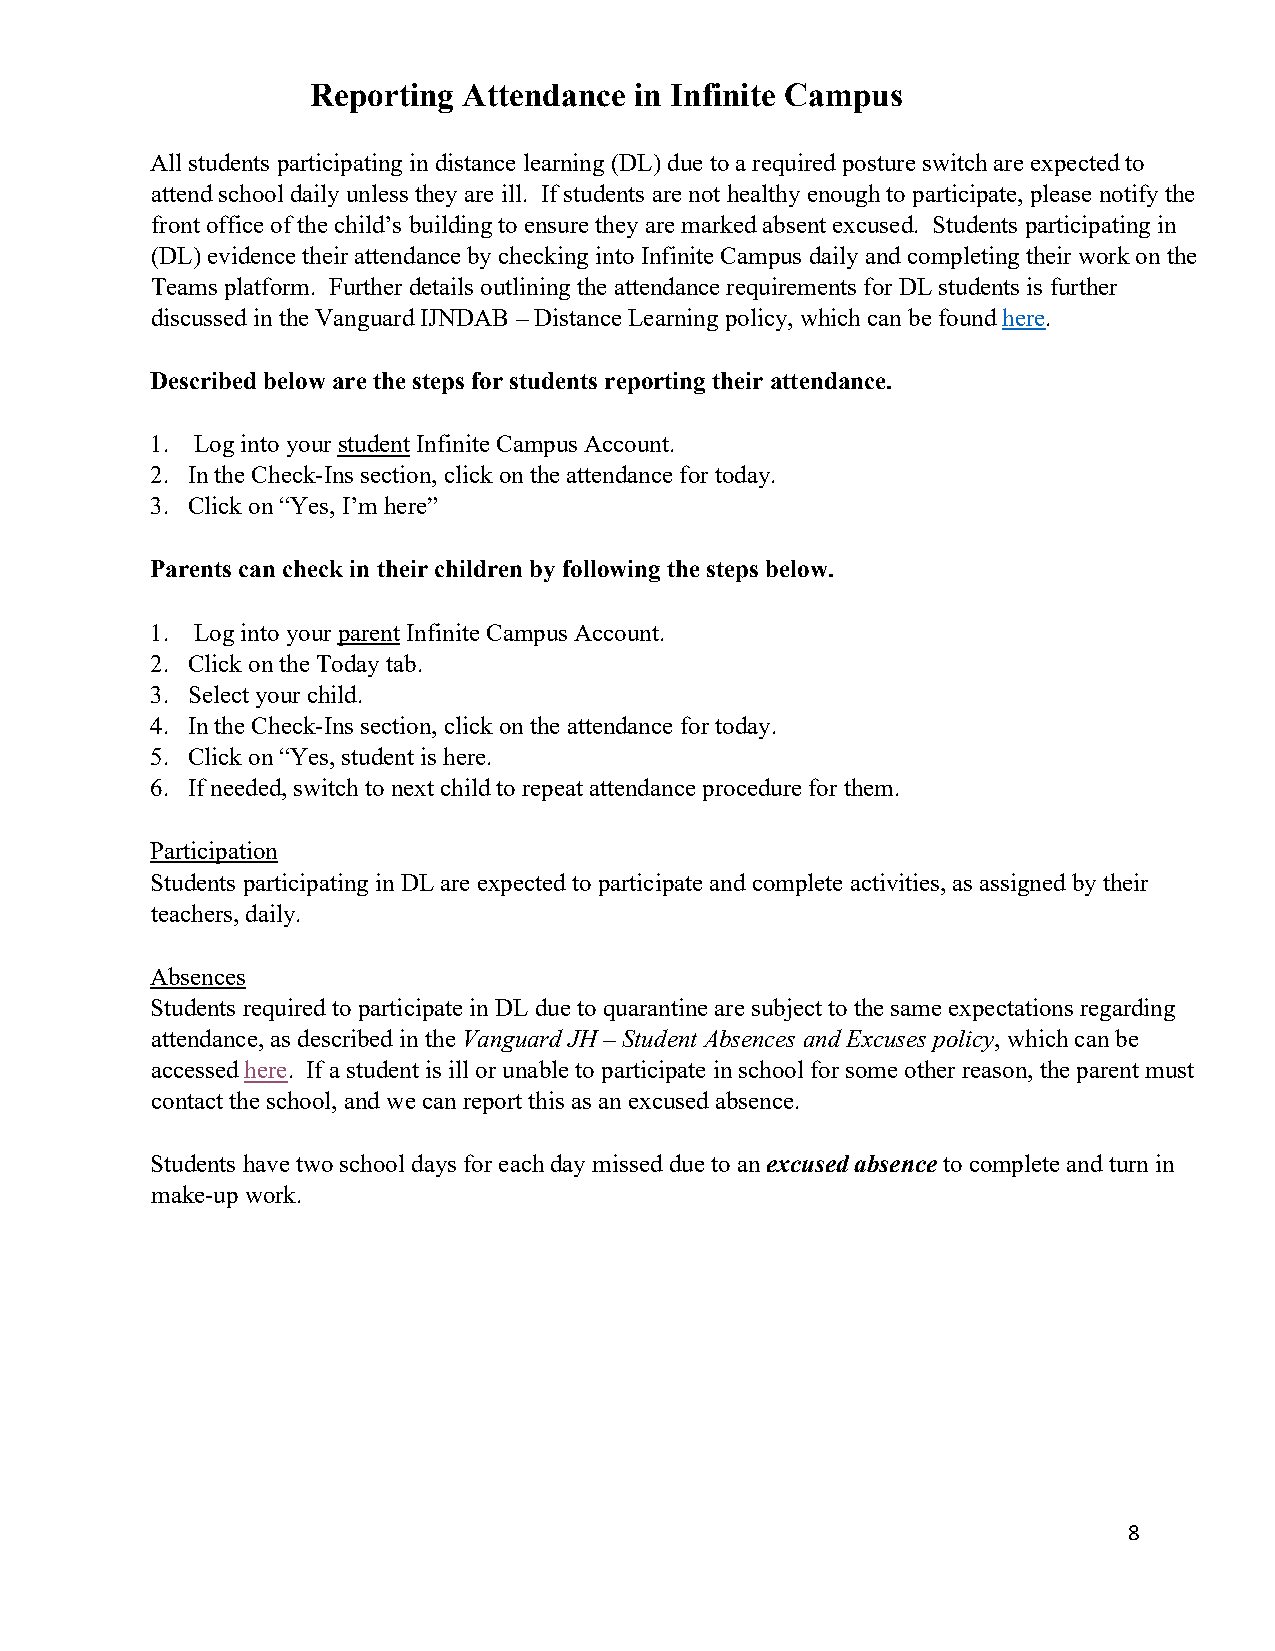
Reporting Attendance in Infinite Campus
 All students participating in distance learning (DL) due to a required posture switch are expected to
 attend school daily unless they are ill. If students are not healthy enough to participate, please notify the
 front office of the child’s building to ensure they are marked absent excused. Students participating in
 (DL) evidence their attendance by checking into Infinite Campus daily and completing their work on the
 Teams platform. Further details outlining the attendance requirements for DL students is further
 discussed in the Vanguard IJNDAB – Distance Learning policy, which can be found here.
 Described below are the steps for students reporting their attendance.
 1. Log into your student Infinite Campus Account.
 2. In the Check-Ins section, click on the attendance for today.
 3. Click on “Yes, I’m here”
 Parents can check in their children by following the steps below.
 1. Log into your parent Infinite Campus Account.
 2. Click on the Today tab.
 3. Select your child.
 4. In the Check-Ins section, click on the attendance for today.
 5. Click on “Yes, student is here.
 6. If needed, switch to next child to repeat attendance procedure for them.
 Participation
 Students participating in DL are expected to participate and complete activities, as assigned by their
 teachers, daily.
 Absences
 Students required to participate in DL due to quarantine are subject to the same expectations regarding
 attendance, as described in the Vanguard JH – Student Absences and Excuses policy, which can be
 accessed here. If a student is ill or unable to participate in school for some other reason, the parent must
 contact the school, and we can report this as an excused absence.
 Students have two school days for each day missed due to an excused absence to complete and turn in
 make-up work.
 8